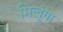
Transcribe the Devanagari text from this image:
मिलूंगा